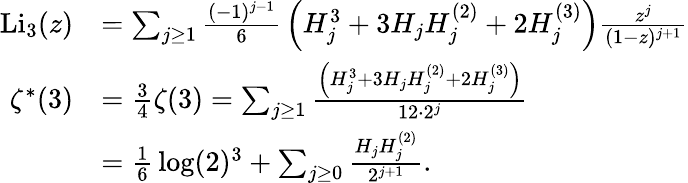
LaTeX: {\begin{array}{rl}{{\mathrm{Li}}_{3}(z)}&{=\sum_{j\geq 1}{\frac{(-1)^{j-1}}{6}}\left(H_{j}^{3}+3H_{j}H_{j}^{(2)}+2H_{j}^{(3)}\right){\frac{z^{j}}{(1-z)^{j+1}}}}\\ {\zeta^{\ast}(3)}&{={\frac{3}{4}}\zeta(3)=\sum_{j\geq 1}{\frac{\left(H_{j}^{3}+3H_{j}H_{j}^{(2)}+2H_{j}^{(3)}\right)}{12\cdot 2^{j}}}}\\ &{={\frac{1}{6}}\log(2)^{3}+\sum_{j\geq 0}{\frac{H_{j}H_{j}^{(2)}}{2^{j+1}}}.}\end{array}}